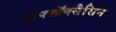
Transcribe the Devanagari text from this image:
ऑफ्लॉक्सैसिन